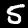
Label: 5